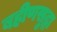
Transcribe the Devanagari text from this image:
बहीणसुद्धा